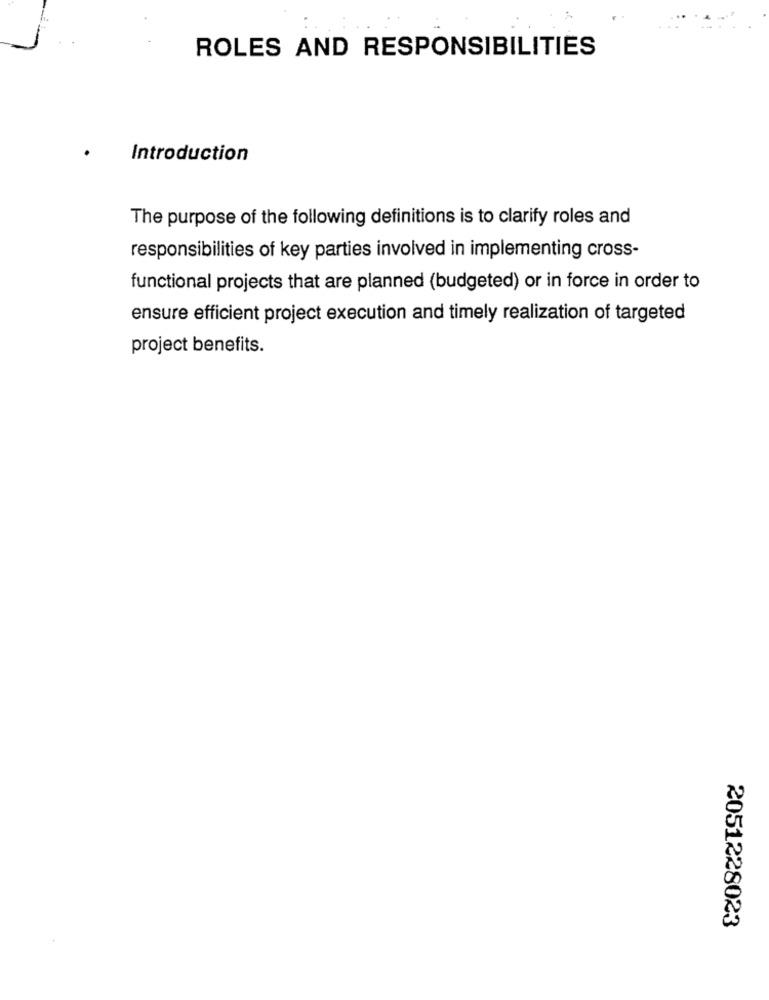
ROLES AND RESPONSIBILITIES
Introduction
The purpose of the following definitions is to clarify roles and
responsibilities of key parties involved in implementing cross-
functional projects that are planned (budgeted) or in force in order to
ensure efficient project execution and timely realization of targeted
project benefits.
2051228023